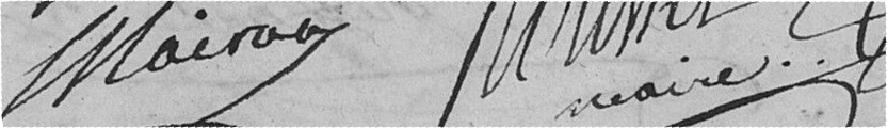
Mairan             Roussel